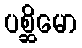
ပစ္ဆိမော